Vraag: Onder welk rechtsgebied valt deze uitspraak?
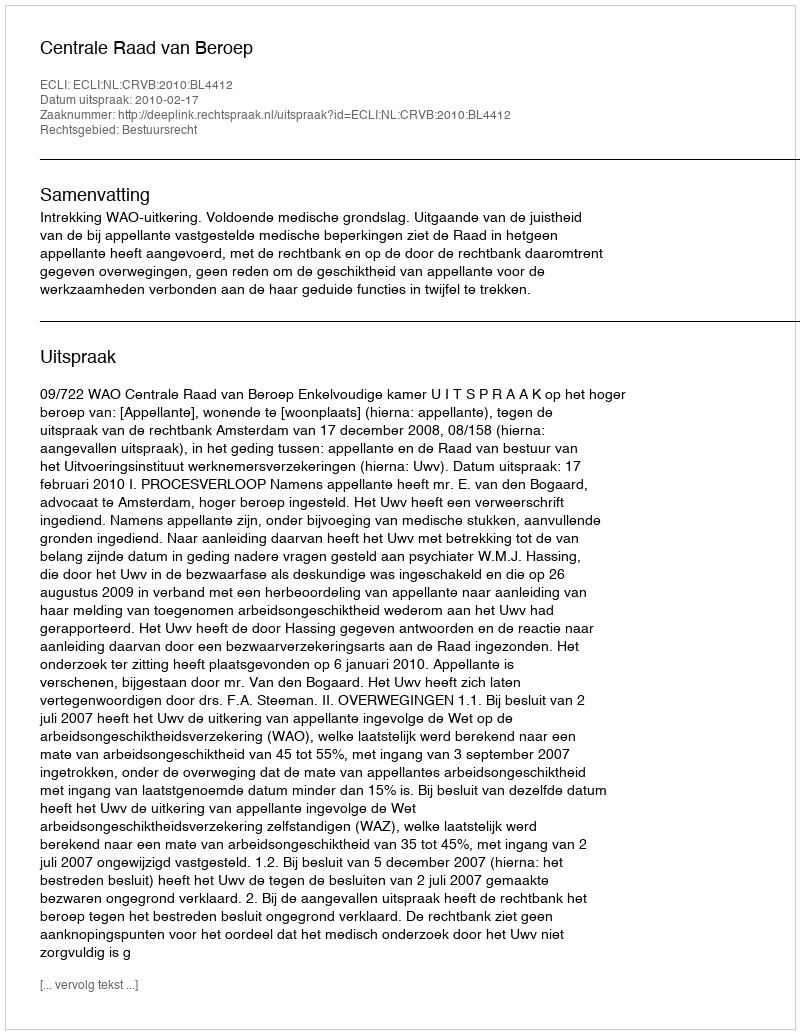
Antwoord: Bestuursrecht